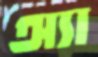
অ্যা